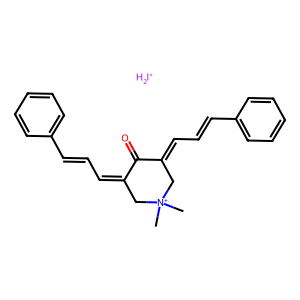
SMILES: C[N+]1(C)CC(=CC=Cc2ccccc2)C(=O)C(=CC=Cc2ccccc2)C1.[IH2+]
Inhibits HIV replication: No